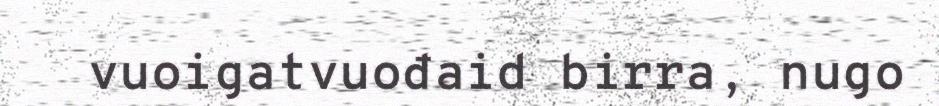
vuoigatvuođaid birra, nugo